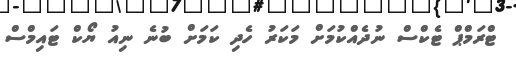
ޓްރަމްޕް ޓެކްސް ނުދެއްކުމަށް މަކަރު ހެދި ކަމަށް ބުނެ ނިއު ޔޯކް ޓައިމްސް